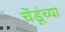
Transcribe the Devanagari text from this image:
चेंडूंच्या